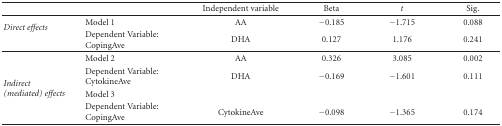
<table><thead><tr><td></td><td></td><td><b>Independent variable</b></td><td><b>Beta</b></td><td><b><i>t</i></b></td><td><b>Sig. </b></td></tr></thead><tbody><tr><td rowspan="2"><i>Direct effects</i></td><td>Model 1</td><td>AA</td><td>−0.185</td><td>−1.715</td><td>0.088</td></tr><tr><td>Dependent Variable: CopingAve</td><td>DHA</td><td>0.127</td><td>1.176</td><td>0.241</td></tr><tr><td rowspan="4"><i>Indirect (mediated) effects</i></td><td>Model 2</td><td>AA</td><td>0.326</td><td>3.085</td><td>0.002</td></tr><tr><td>Dependent Variable: CytokineAve</td><td>DHA</td><td>−0.169</td><td>−1.601</td><td>0.111</td></tr><tr><td>Model 3</td><td></td><td></td><td></td><td></td></tr><tr><td>Dependent Variable: CopingAve</td><td>CytokineAve</td><td>−0.098</td><td>−1.365</td><td>0.174</td></tr></tbody></table>